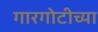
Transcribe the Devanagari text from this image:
गारगोटीच्या